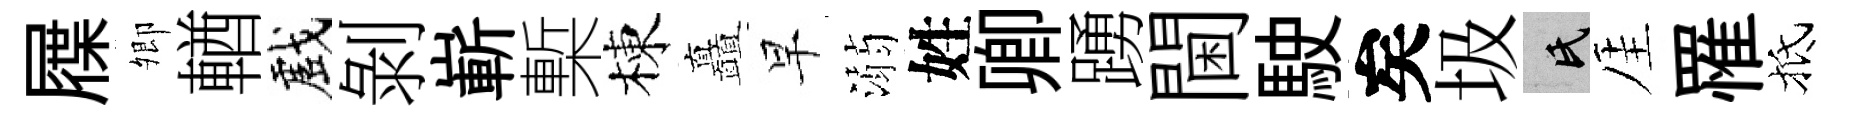
屧𡖖輶戲剝嶄槧棟矗早溺姓卿踴閫駛矣圾氏厓罹抵